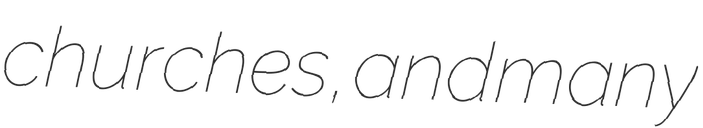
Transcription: churches, and many